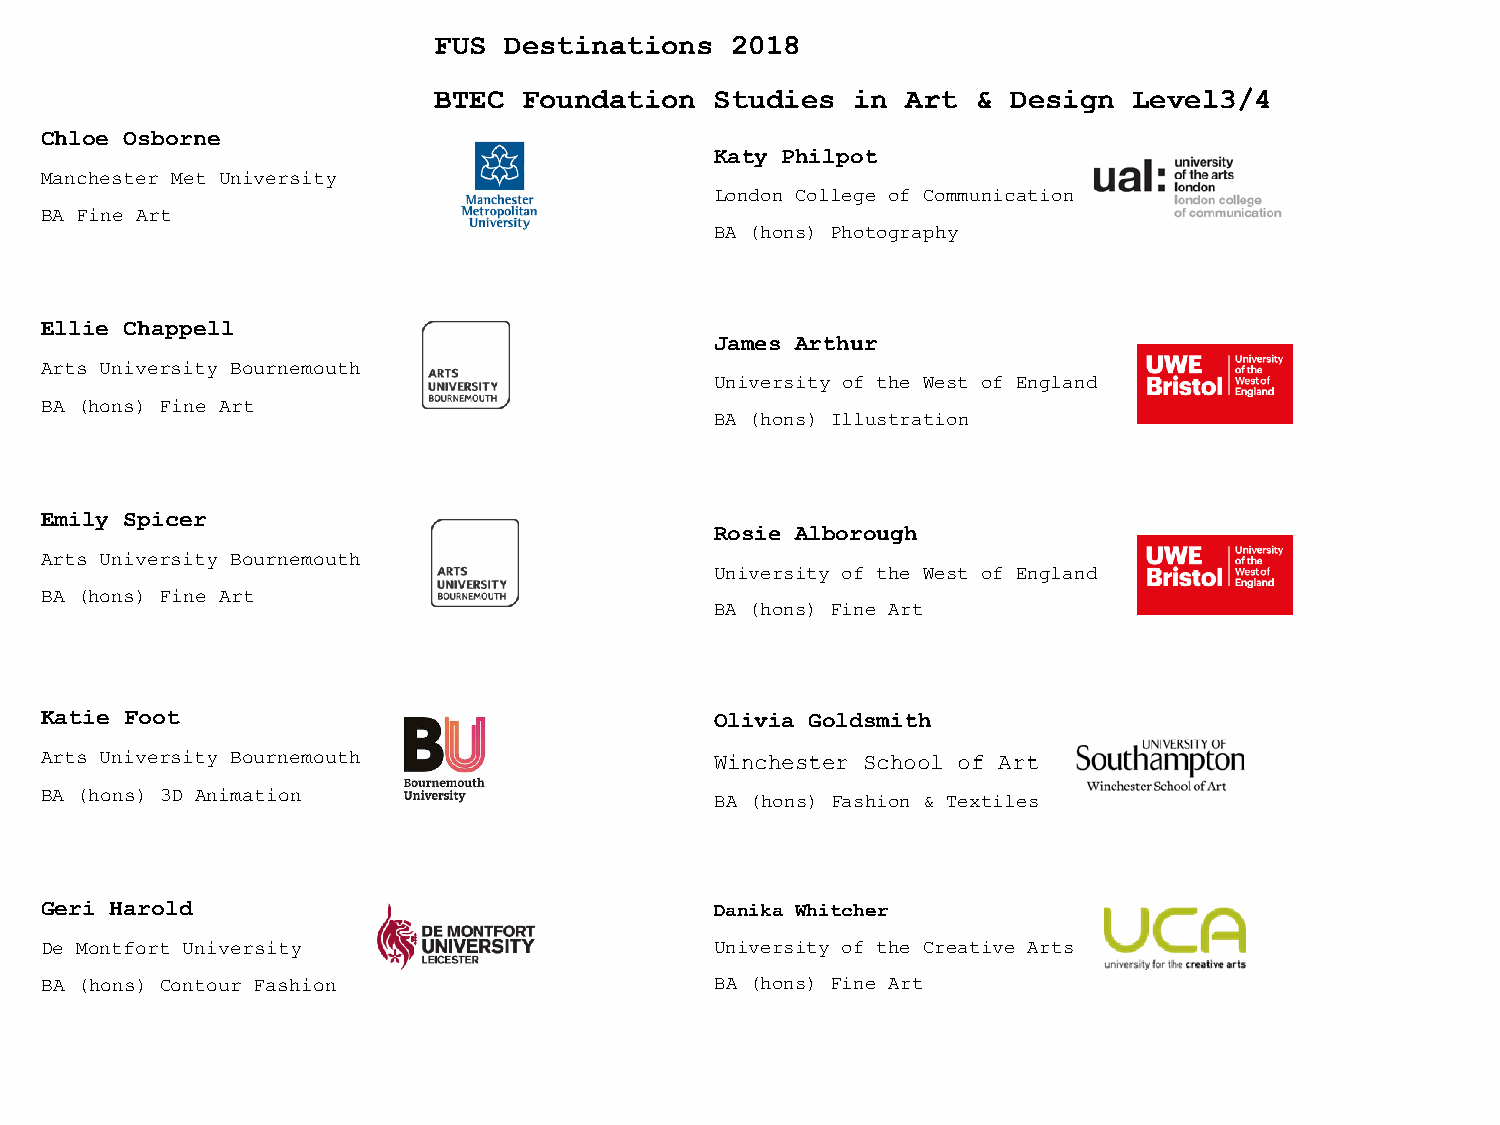
FUS Destinations   2018
 BTEC  Foundation  Studies  in  Art  & Design  Level3/4
 Chloe Osborne
 Katy Philpot
 Manchester Met University
 London College of Communication
 BA Fine Art
 BA (hons) Photography
 Ellie Chappell
 James Arthur
 Arts University Bournemouth
 University of the West of England
 BA (hons) Fine Art
 BA (hons) Illustration
 Emily Spicer
 Rosie Alborough
 Arts University Bournemouth
 University of the West of England
 BA (hons) Fine Art
 BA (hons) Fine Art
 Katie Foot                                  Olivia Goldsmith
 Arts University Bournemouth                 Winchester School of Art
 BA (hons) 3D Animation                      BA (hons) Fashion & Textiles
 Geri Harold                                 Danika Whitcher
 De Montfort University                      University of the Creative Arts
 BA (hons) Contour Fashion                   BA (hons) Fine Art